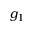
g _ { 1 }